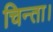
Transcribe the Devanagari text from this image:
चिन्ता।